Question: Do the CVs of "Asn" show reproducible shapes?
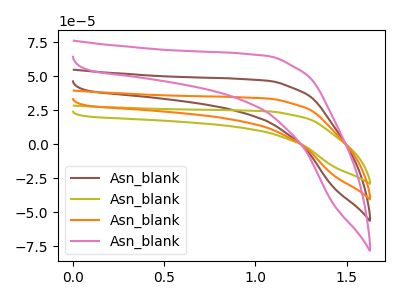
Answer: <think>The brown curve "Asn_blank1" has no peaks. The olive curve "Asn_blank2" has no peaks. The orange curve "Asn_blank3" has no peaks. The pink curve "Asn_blank4" has no peaks.
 Neither "Asn_blank1" or "Asn_blank2" have any peaks. Neither "Asn_blank1" or "Asn_blank3" have any peaks. Neither "Asn_blank1" or "Asn_blank4" have any peaks. Neither "Asn_blank2" or "Asn_blank3" have any peaks. Neither "Asn_blank2" or "Asn_blank4" have any peaks. Neither "Asn_blank3" or "Asn_blank4" have any peaks.</think>
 <answer>All the CV's of "Asn" have similar shape.</answer>
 <eval>follow_rule</eval>